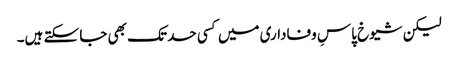
لیکن شیوخ پاسِ وفاداری میں کسی حد تک بھی جا سکتے ہیں۔